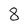
Character: 8